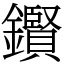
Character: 鑦